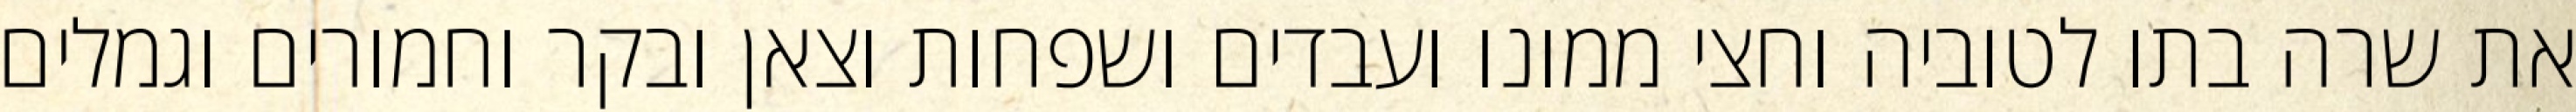
את שרה בתו לטוביה וחצי ממונו ועבדים ושפחות וצאן ובקר וחמורים וגמלים